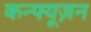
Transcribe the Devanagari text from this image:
कन्फ्यूज़न